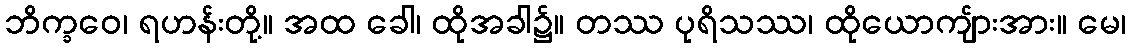
ဘိက္ခဝေ၊ ရဟန်းတို့။ အထ ခေါ၊ ထိုအခါ၌။ တဿ ပုရိသဿ၊ ထိုယောကျ်ားအား။ မေ၊